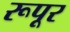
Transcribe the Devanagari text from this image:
रूपूर